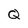
Character: Q